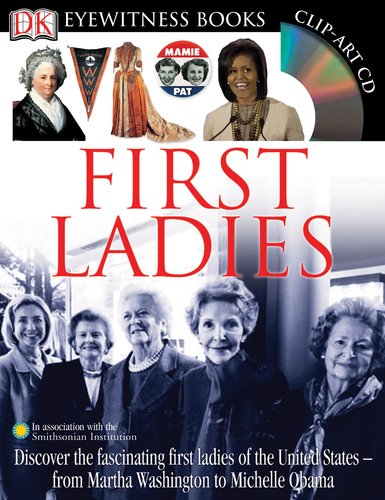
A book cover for First Ladies (DK Eyewitness Books); DK; Children's Books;